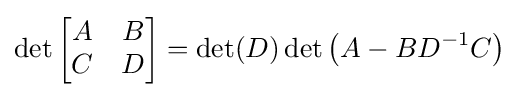
\det {\begin{bmatrix}A&B\\C&D\end{bmatrix}}=\det(D)\det \left(A-BD^{-1}C\right)